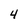
Character: 4